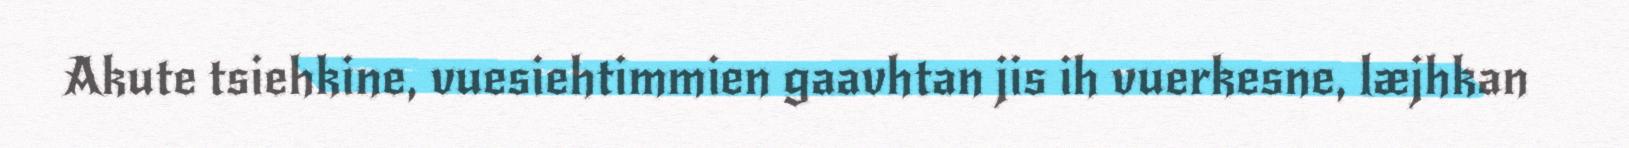
Akute tsiehkine, vuesiehtimmien gaavhtan jis ih vuerkesne, læjhkan